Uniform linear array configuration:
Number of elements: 24
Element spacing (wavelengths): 0.75
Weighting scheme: binomial
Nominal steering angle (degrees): -45
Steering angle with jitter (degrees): -43.012
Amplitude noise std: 0.05
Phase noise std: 0.05

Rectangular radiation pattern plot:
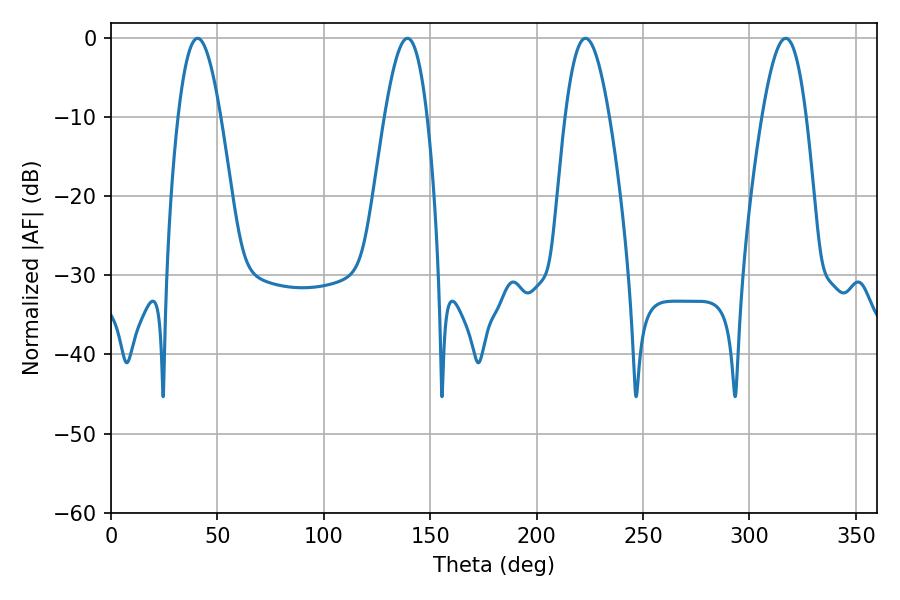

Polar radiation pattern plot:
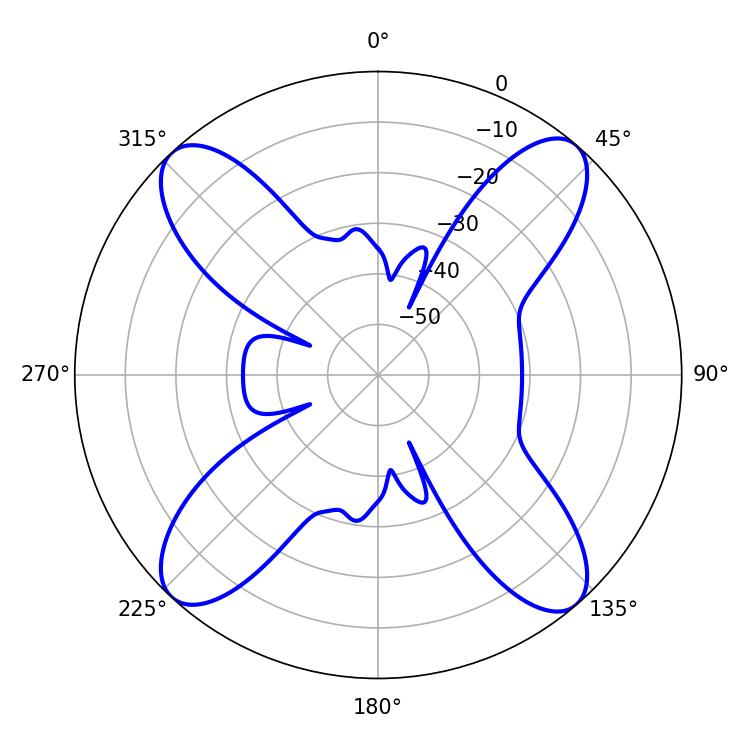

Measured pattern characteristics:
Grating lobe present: TRUE
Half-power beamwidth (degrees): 10.8
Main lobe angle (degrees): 40.68